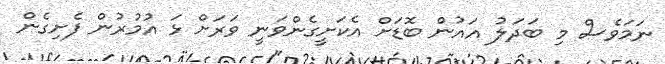
ނަމަވެސް މި ބަދަލު އައުން ބޮޑަށް އެކަށީގެންވަނީ ވަރަށް ޅަ އުމުރުން ފެށިގެން